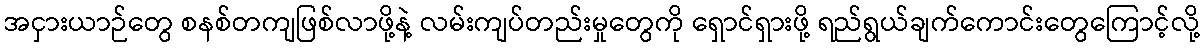
အငှားယာဉ်တွေ စနစ်တကျဖြစ်လာဖို့နဲ့ လမ်းကျပ်တည်းမှုတွေကို ရှောင်ရှားဖို့ ရည်ရွယ်ချက်ကောင်းတွေကြောင့်လို့